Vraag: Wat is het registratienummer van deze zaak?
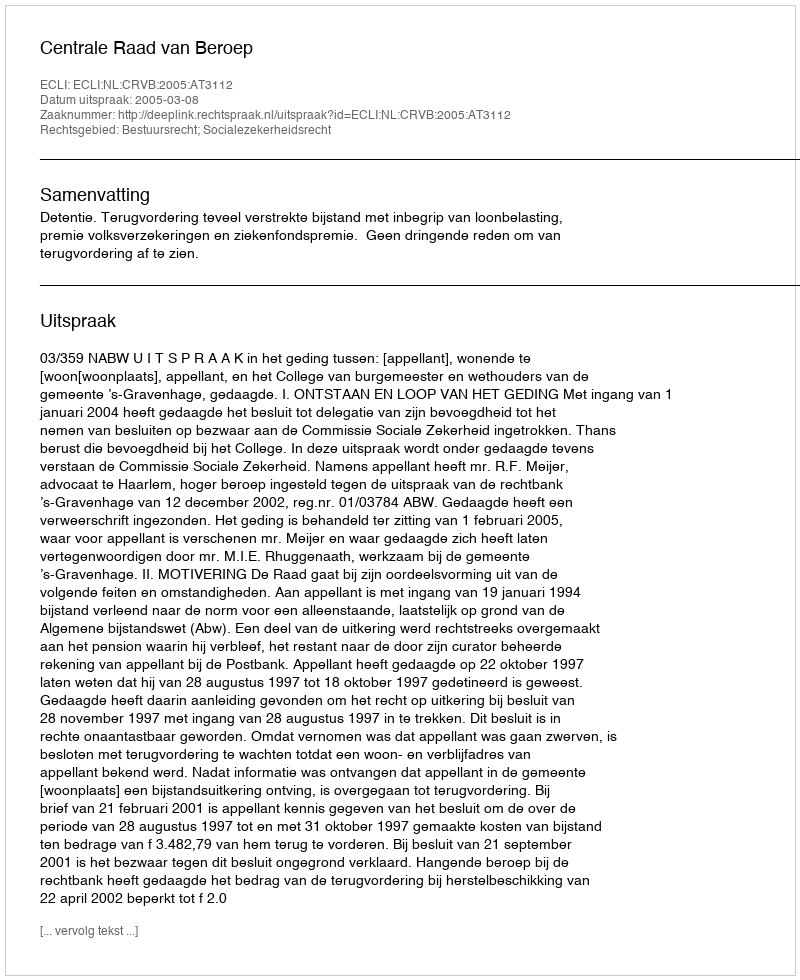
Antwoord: http://deeplink.rechtspraak.nl/uitspraak?id=ECLI:NL:CRVB:2005:AT3112